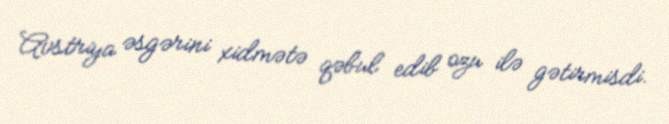
Avstriya əsgərini xidmətə qəbul edib ozu ilə gətirmisdi.